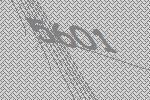
5601